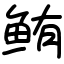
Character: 鲔